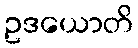
ဥဒယောတိ